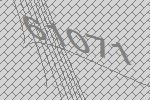
61071